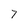
Character: 7